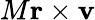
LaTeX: M\mathbf{r}\times\mathbf{v}